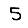
Digit: 5